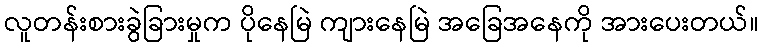
လူတန်းစားခွဲခြားမှုက ပိုနေမြဲ ကျားနေမြဲ အခြေအနေကို အားပေးတယ်။